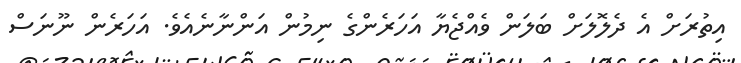
އިތުރަށް އެ ދެލޮލަށް ބަލަން ވެއްޖެޔާ އަހަރެންގެ ނިމުން އަންނާނެއެވެ. އަހަރެން ނޫނަސް